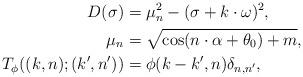
LaTeX: \begin{align*}{D}(\sigma)&=\mu_n^2-(\sigma+k\cdot\omega)^2,\\\mu_n&=\sqrt{\cos(n\cdot\alpha+\theta_0)+m}, \\{T}_\phi((k,n);(k',n'))&=\phi(k-k',n)\delta_{n,n'},\end{align*}